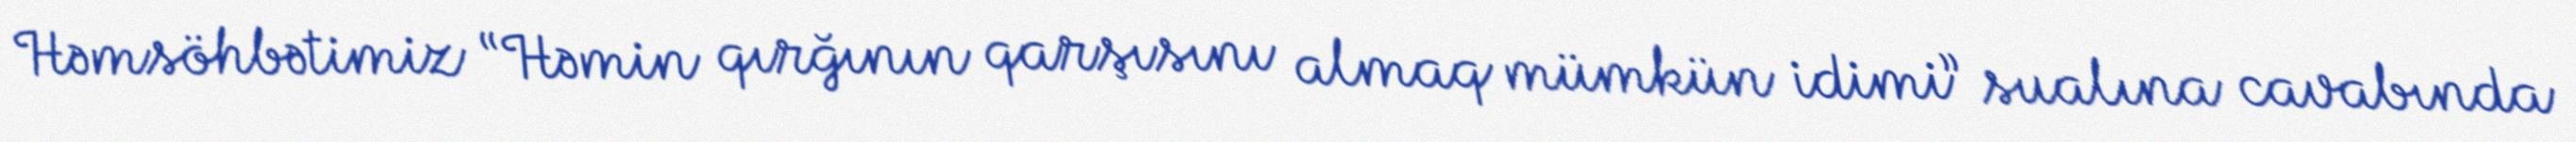
Həmsöhbətimiz “Həmin qırğının qarşısını almaq mümkün idimi” sualına cavabında